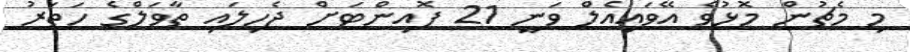
މި މެޗުން މޮޅުވެ އޭވައިއެލް ވަނީ 21 ޕޮއިންޓަށް ޖެހިލައި ތާވަލްގެ ހަތަރު